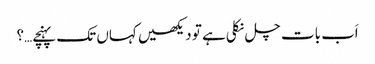
اَب بات چل نکلی ہے تو دیکھیں کہاں تک پہنچے…؟